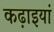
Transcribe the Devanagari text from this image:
कढ़ाइयां